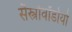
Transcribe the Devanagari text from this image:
सैस्त्रोवॉर्डोयो